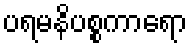
ပရမနိပစ္စကာရော